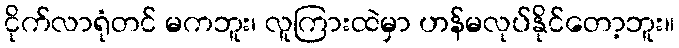
ငိုက်လာရုံတင် မကဘူး၊ လူကြားထဲမှာ ဟန်မလုပ်နိုင်တော့ဘူး။